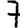
Digit: 7